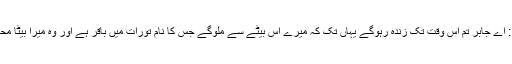
دوسری روایت میں ہے کہ رسول کریم صلی اللہ علیہ وآلہ نے فرمایا : اے جابر تم اس وقت تک زندہ رہوگے یہاں تک کہ میرے اس بیٹے سے ملوگے جس کا نام تورات میں باقر ہے اور وہ میرا بیٹا محمد بن علی بن الحسین بن علی ابن ابیطالب ہوگا اسے میرا سلام پہنچانا ۔